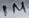
Text: 1M